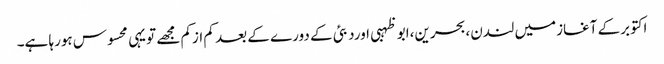
اکتوبرکے آغازمیں لندن،بحرین،ابو ظہبی اوردبئی کے دورے کے بعد کم ازکم مجھے تویہی محسوس ہورہا ہے۔